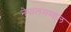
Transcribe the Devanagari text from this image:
नेपालमण्डल